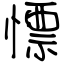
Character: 慓